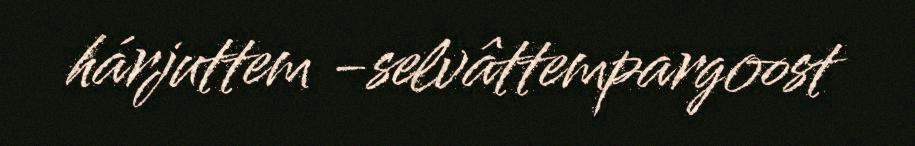
hárjuttem -selvâttempargoost